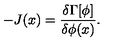
- J ( x ) = \frac { \delta \Gamma [ \phi ] } { \delta \phi ( x ) } .